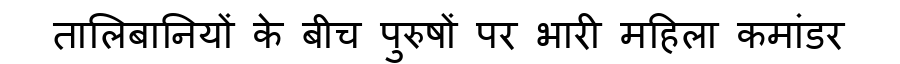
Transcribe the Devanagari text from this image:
तालिबानियों के बीच पुरुषों पर भारी महिला कमांडर